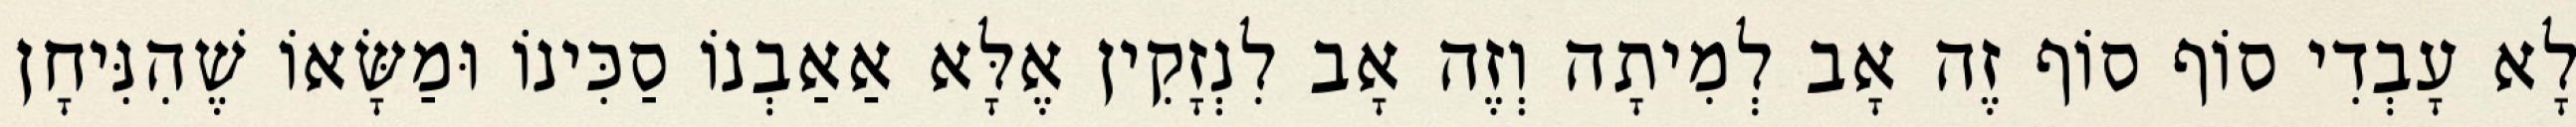
לָא עָבְדִי סוֹף סוֹף זֶה אָב לְמִיתָה וְזֶה אָב לִנְזָקִין אֶלָּא אַאַבְנוֹ סַכִּינוֹ וּמַשָּׂאוֹ שֶׁהִנִּיחָן